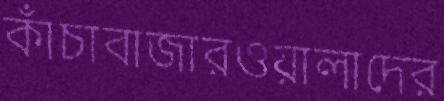
কাঁচাবাজারওয়ালাদের